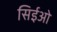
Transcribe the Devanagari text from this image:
सिईओ